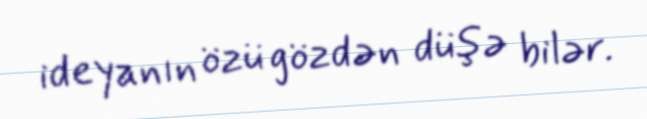
ideyanın özü gözdən düşə bilər.